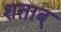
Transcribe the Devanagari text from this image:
शताब्